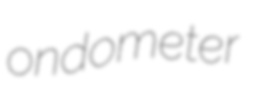
ondometer